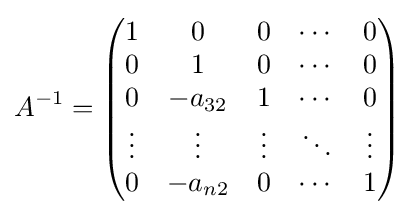
A^{-1}={\begin{pmatrix}1&0&0&\cdots &0\\0&1&0&\cdots &0\\0&-a_{32}&1&\cdots &0\\\vdots &\vdots &\vdots &\ddots &\vdots \\0&-a_{n2}&0&\cdots &1\end{pmatrix}}